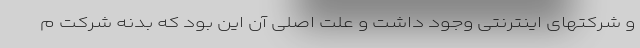
و شرکتهای اینترنتی وجود داشت و علت اصلی آن این بود که بدنه شرکت م